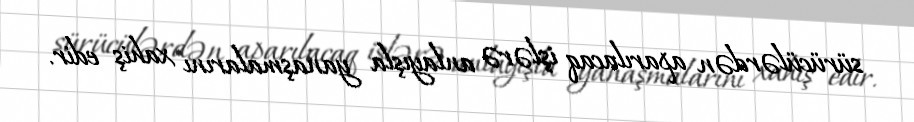
sürücülərdən aparılacaq işlərə anlayışla yanaşmalarını xahiş edir.